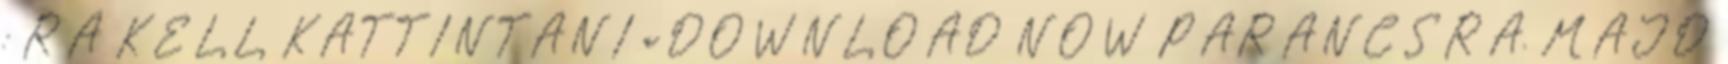
: RÁ KELL KATTINTANI a DOWNLOAD NOW PARANCSRA, MAJD